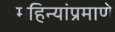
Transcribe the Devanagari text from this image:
महिन्यांप्रमाणे